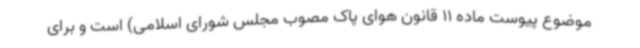
موضوع پیوست ماده 11 قانون هوای پاک مصوب مجلس شورای اسلامی) است و برای